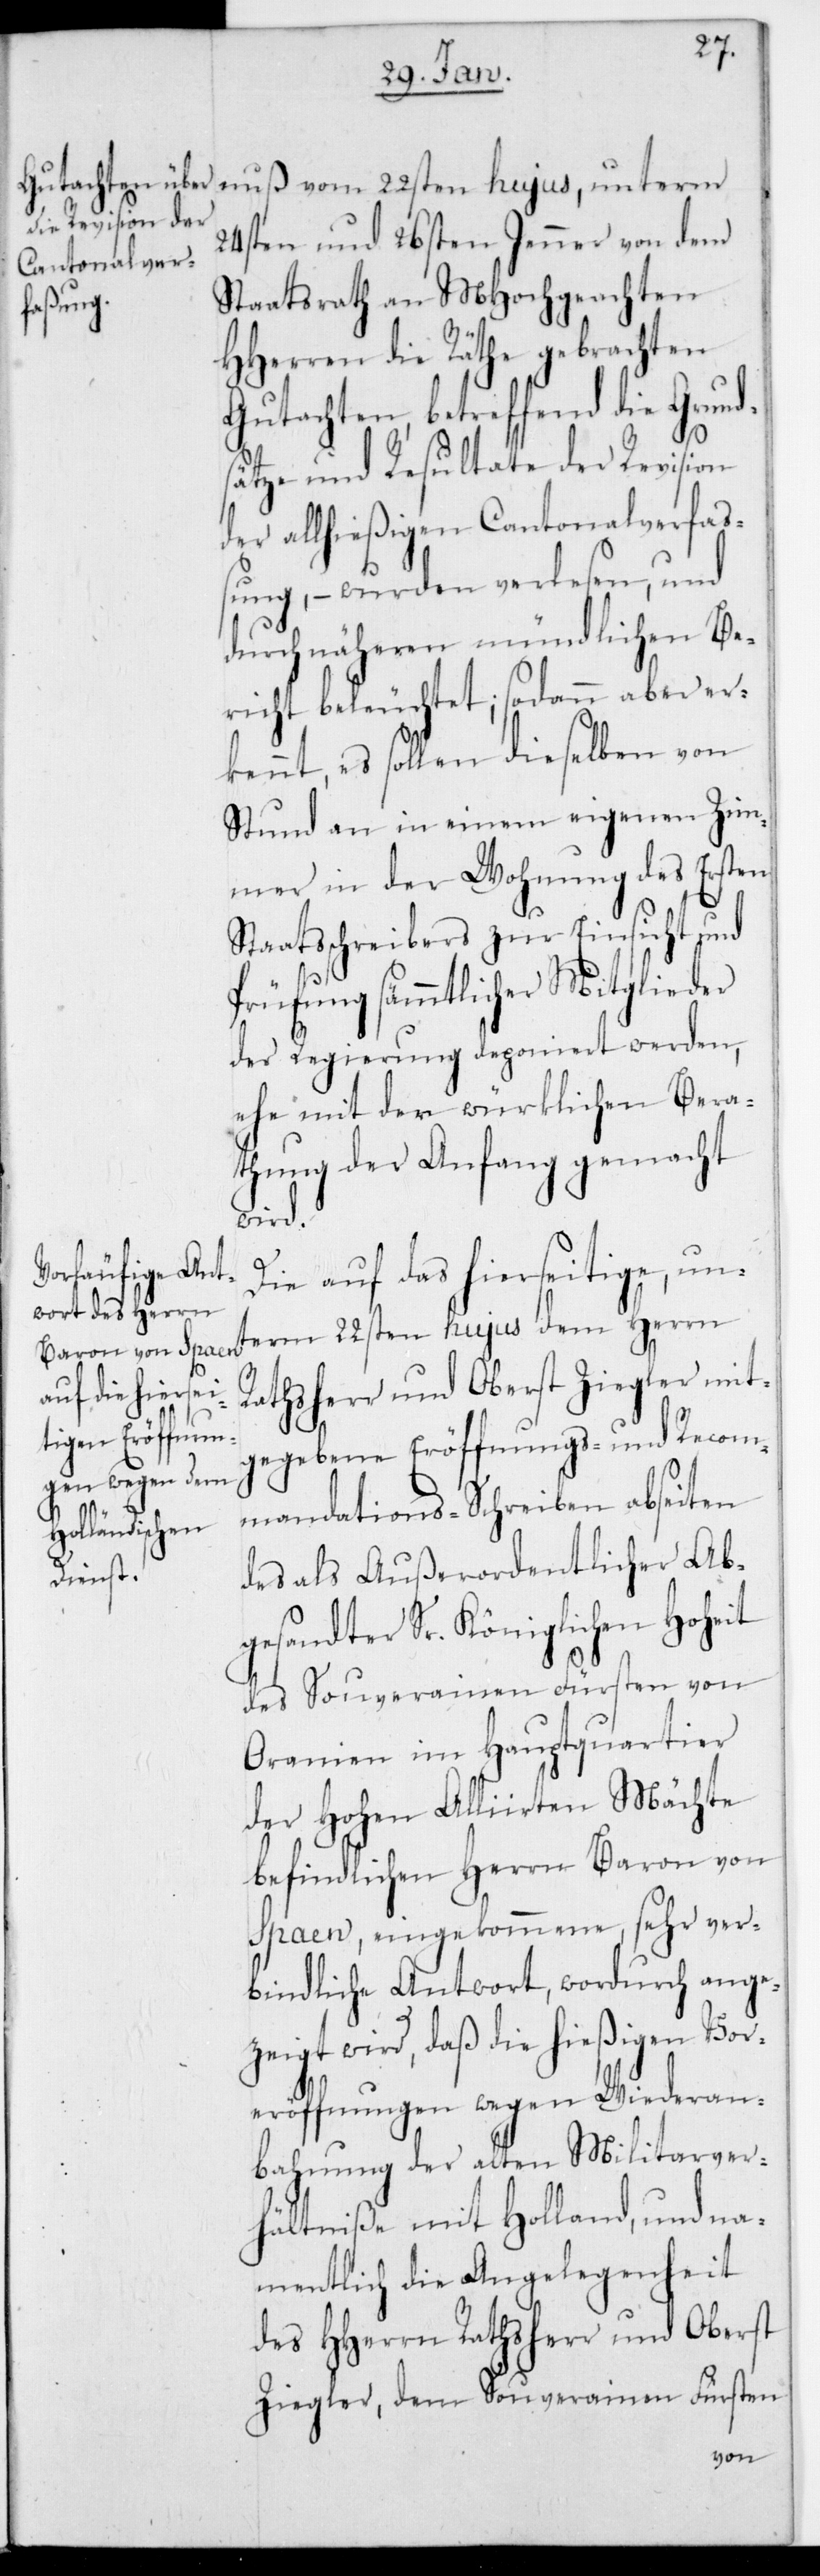
24sten und 26sten Jenner von dem
Staatsrath an MHochgeachten
HHerren die Räthe gebrachten
Gutachten, betreffend die Grund¬
sätze und Resultate der Revision
der allhießigen Cantonalverfaß¬
ung, – wurden verlesen, und
durch näheren mündlichen Be¬
richt beleuchtet; sodann aber er¬
kennt, es sollen dieselben von
Stund an in einem eigenen Zim¬
mer in der Wohnung des ersten
Staatsschreibers zur Einsicht und
Prüfung sämmtlicher Mitglieder
der Regierung deponiert werden,
ehe mit der würklichen Bera¬
thung der Anfang gemacht
wird.
Die auf das hierseitige, unt¬
erm 22sten hujus dem Herrn
Rathsherr und Oberst Ziegler mit¬
gegebene Eröffnungs- und Recom¬
mandations-Schreiben abseiten
des als außerordentlicher Ab¬
gesandter Sr. Königlichen Hoheit
des souverainen Fürsten von
Oranien im Hauptquartier
der Hohen Alliierten Mächte
befindlichen Herrn Baron von
Spaen, eingekommene sehr ver¬
bindliche Antwort, wordurch ange¬
zeigt wird, daß die hießigen Vor¬
eröffnungen wegen Wiederan¬
bahnung der alten Militarver¬
hältniße mit Holland, und na¬
mentlich die Angelegenheit
des HHerrn Rathsherr und Oberst
Ziegler, dem Souverainen Fürsten